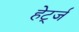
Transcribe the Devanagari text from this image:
हेर्ट्ज